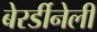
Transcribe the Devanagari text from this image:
बेरर्डीनेली